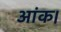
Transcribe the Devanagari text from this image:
आंक।